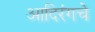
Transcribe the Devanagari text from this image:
आदिरंगचे